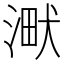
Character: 𣸋